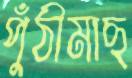
পুঁঠীমাছ